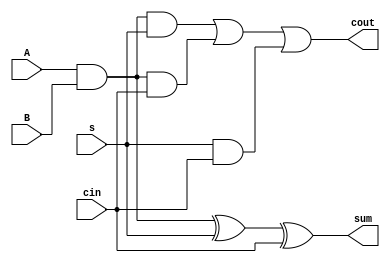
`timescale 1ns / 1ps
//////////////////////////////////////////////////////////////////////////////////
// Company: 
// Engineer: 
// 
// Design Name: 
// Module Name:    one_and_FA 
// Project Name: 
// Target Devices: 
// Tool versions: 
// Description: 
//
// Dependencies: 
//
// Revision: 
// Revision 0.01 - File Created
// Additional Comments: 
//
//////////////////////////////////////////////////////////////////////////////////
module one_and_FA(input A,B,s,cin,
    output cout ,sum
    );
wire and1;
assign and1 = A&B;
assign sum = and1^s^cin;
assign cout = (and1 & s ) | (and1 & cin ) | (s & cin);

endmodule